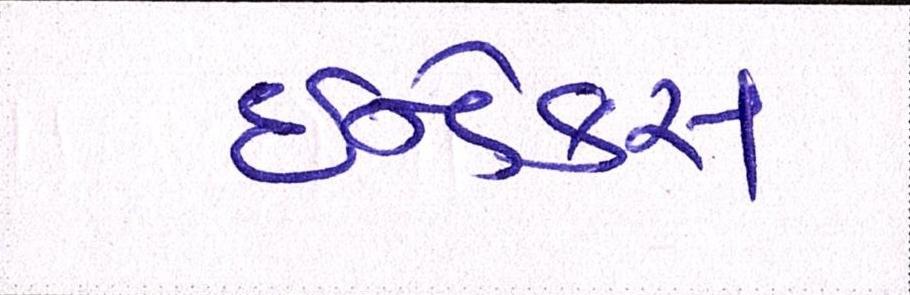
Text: ઇન્ડેક્સ